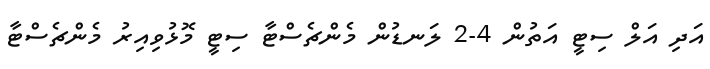
އަދި އަލް ސިޓީ އަތުން 4-2 ލަނޑުން މެންޗެސްޓާ ސިޓީ މޮޅުވިއިރު މެންޗެސްޓާ